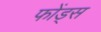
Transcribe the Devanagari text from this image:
फोंड्स